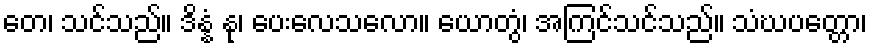
တေ၊ သင်သည်။ ဒိန္နံ နု၊ ပေးလေသလော။ ယောတွံ၊ အကြင်သင်သည်။ သံဃပတ္တော၊